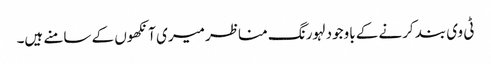
ٹی وی بند کرنے کے باوجود لہورنگ مناظر میری آنکھوں کے سامنے ہیں۔